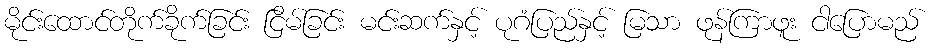
မိုင်းထောင်တိုက်ခိုက်ခြင်း ငြိမ်ခြင်း မင်းဆက်နှင့် ပုဂံပြည်နှင့် မြသာ ဖုန်ကြာဖူး ငါပြောမည်